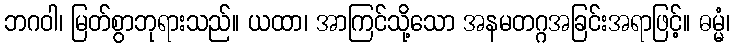
ဘဂဝါ၊ မြတ်စွာဘုရားသည်။ ယထာ၊ အာကြင်သို့သော အနမတဂ္ဂအခြင်းအရာဖြင့်။ ဓမ္မံ၊